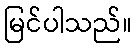
မြင်ပါသည်။